Vaccine operations Central Provinces 1868-1885 - 1868-1885
Year: 1868
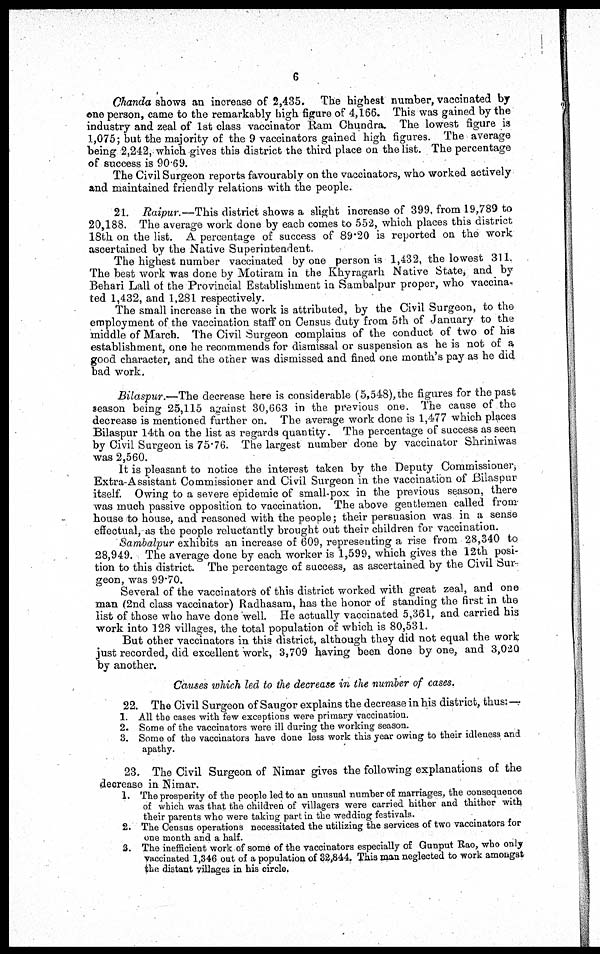
6
Chanda shows an increase of 2,435. The highest number, vaccinated by
one person, came to the remarkably high figure of 4,166. This was gained by the
industry and zeal of 1st class vaccinator Ram Chundra. The lowest figure is
1,075; but the majority of the 9 vaccinators gained high figures. The average
being 2,242, which gives this district the third place on the list. The percentage
of success is 90.69.
The Civil Surgeon reports favourably on the vaccinators, who worked actively
and maintained friendly relations with the people.
21. Raipur.—This district shows a slight increase of 399, from 19,789 to
20,188. The average work done by each comes to 552, which places this district
18th on the list. A percentage of success of 89.20 is reported on the work
ascertained by the Native Superintendent.
The highest number vaccinated by one person is 1,432, the lowest 311.
The best work was done by Motiram in the Khyragarh Native State, and by
Behari Lall of the Provincial Establishment in Sambalpur proper, who vaccina-
ted 1,432, and 1,281 respectively.
The small increase in the work is attributed, by the Civil Surgeon, to the
employment of the vaccination staff on Census duty from 5th of January to the
middle of March. The Civil Surgeon complains of the conduct of two of his
establishment, one he recommends for dismissal or suspension as he is not of a
good character, and the other was dismissed and fined one month's pay as he did
bad work.
Bilaspur.—The decrease here is considerable (5,548), the figures for the past
season being 25,115 against 30,663 in the previous one. The cause of the
decrease is mentioned further on. The average work done is 1,477 which places
Bilaspur 14th on the list as regards quantity. The percentage of success as seen
by Civil Surgeon is 75.76. The largest number done by vaccinator Shriniwas
was 2,560.
It is pleasant to notice the interest taken by the Deputy Commissioner,
Extra-Assistant Commissioner and Civil Surgeon in the vaccination of Bilaspur
itself. Owing to a severe epidemic of small-pox in the previous season, there
was much passive opposition to vaccination, The above gentlemen called from'
house to house, and reasoned with the people; their persuasion was in a sense
effectual, as the people reluctantly brought out their children for vaccination.
Sambalpur exhibits an increase of 609, representing a rise from 28,340 to
28,949. The average done by each worker is 1,599, which gives the 12th posi-
tion to this district. The percentage of success, as ascertained by the Civil Sur-
geon, was 99.70.
Several of the vaccinators of this district worked with great zeal, and one
man (2nd class vaccinator) Radhasam, has the honor of standing the first in the
list of those who have done well. He actually vaccinated 5,361, and carried his
work into 128 villages, the total population of which is 80,531.
But other vaccinators in this district, although they did not equal the work
just recorded, did excellent work, 3,709 having been done by one, and 3,020
by another.
Causes which led to the decrease in the number of cases.
22. The Civil Surgeon of Saugor explains the decrease in his district, thus: —
1. All the cases with few exceptions were primary vaccination.
2. Some of the vaccinators were ill during the working season.
3. Some of the vaccinators have done less work this year owing to their idleness and
apathy.
23. The Civil Surgeon of Nimar gives the following explanations of the
decrease in Nimar.
1. The prosperity of the people led to an unusual number of marriages, the consequence
of which was that the children of villagers were carried hither and thither with
their parents who were taking part in the wedding festivals.
2. The Census operations necessitated the utilizing the services of two vaccinators for
one month and a half.
3. The inefficient work of some of the vaccinators especially of Gunput Rao, who only
vaccinated 1,346 out of a population of 32,844. This man neglected to work amongst
the distant villages in his circle.